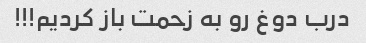
درب دوغ رو به زحمت باز کردیم!!!